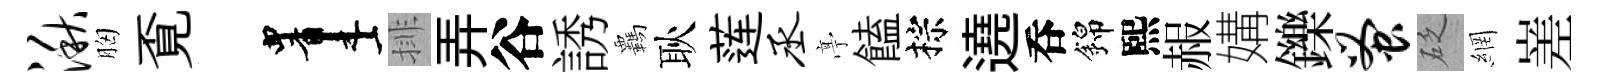
湫胸覔画排弄谷誘覊耿莲丞𠅘饁棕遶呑錦熙赧媾鑠蚤砭網嵳